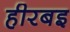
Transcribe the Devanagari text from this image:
हीरबइ